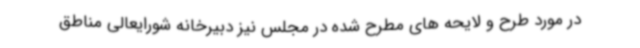
در مورد طرح و لایحه های مطرح شده در مجلس نیز دبیرخانه شورایعالی مناطق